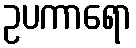
ဥပကာရော